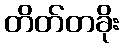
တိတ်တခိုး